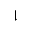
\downharpoonright